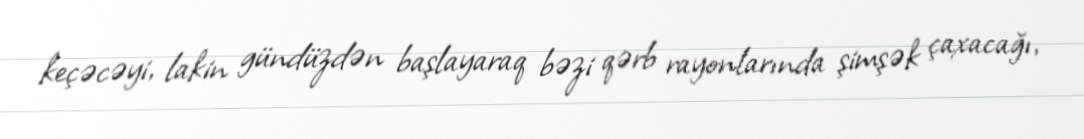
keçəcəyi, lakin gündüzdən başlayaraq bəzi qərb rayonlarında şimşək çaxacağı,